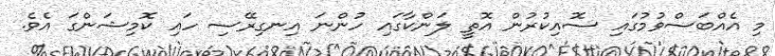
މި އެއްބަސްވުމުގައި ސޮއިކުރުން އޮތީ ލަންކާގައި ހުންނަ އިނގިރޭސި ހައި ކޮމިޝަންގަ އެވެ.